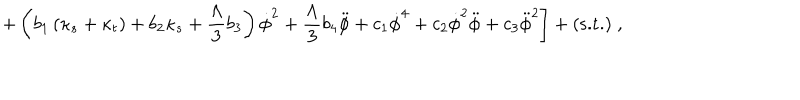
LaTeX: \left. + \left( b _ { 1 } \left( \kappa _ { s } + \kappa _ { t } \right) + b _ { 2 } \kappa _ { s } + \frac { \Lambda } { 3 } b _ { 3 } \right) \dot { \phi } ^ { 2 } + \frac { \Lambda } { 3 } b _ { 4 } \ddot { \phi } + c _ { 1 } \dot { \phi } ^ { 4 } + c _ { 2 } \dot { \phi } ^ { 2 } \ddot { \phi } + c _ { 3 } \ddot { \phi } ^ { 2 } \right] + ( \mathrm { s . t . } ) \; ,